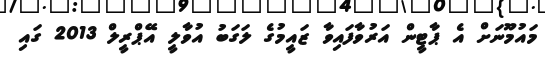
މައުމޫނަށް އެ ޕާޓީން އަރުވާފައިވާ ޒައީމުގެ ލަގަބު އުވާލީ އޭޕްރީލް 2013 ގައި